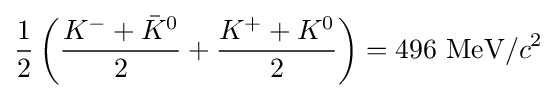
{\frac {1}{2}}\left({\frac {K^{-}+{\bar {K}}^{0}}{2}}+{\frac {K^{+}+K^{0}}{2}}\right)=496~\mathrm {MeV} /c^{2}